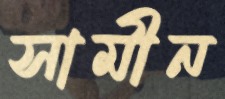
সামীন